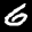
Label: 6